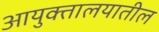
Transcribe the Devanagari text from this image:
आयुक्तालयातील